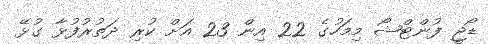
ޑޯޖީ ފުންޓްޝޯ މިމަހުގެ 22 އިން 23 އަށް ކުރި ދަތުރުފުޅާ ގުޅޭ